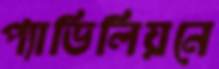
প্যাভিলিয়নে